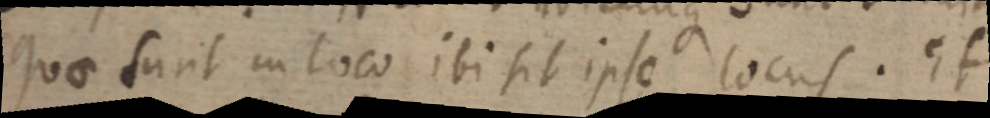
quae sunt in loco ibi sit ipse locus. Et